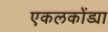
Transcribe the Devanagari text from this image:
एकलकोंड्या